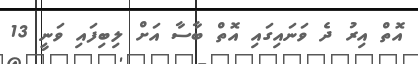
އޮތް އިރު ދެ ވަނައިގައި އޮތް ބާސާ އަށް ލިބިފައި ވަނީ 13